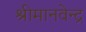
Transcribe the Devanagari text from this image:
श्रीमानवेन्द्र